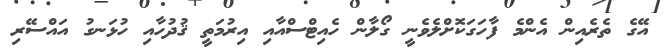
އޭގެ ތެރެއިން އެންމެ ފާހަގަކޮށްލެވެނީ ގޯލާން ހެއިޓްސްއާއި އިރުމަތީ ޤުދުހާއި ހުޅަނގު އައްސޭރި